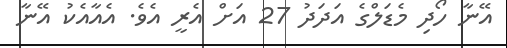
އޭނާ ހޯދި މެޑަލްގެ އަދަދު 27 އަށް އެރީ އެވެ. އެއާއެކު އޭނާ